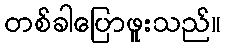
တစ်ခါပြောဖူးသည်။